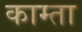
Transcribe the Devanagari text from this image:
काम्ता